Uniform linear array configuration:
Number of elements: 32
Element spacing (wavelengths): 0.75
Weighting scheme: blackman
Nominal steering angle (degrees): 0
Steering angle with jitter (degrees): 0.8963
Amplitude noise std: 0.05
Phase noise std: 0.05

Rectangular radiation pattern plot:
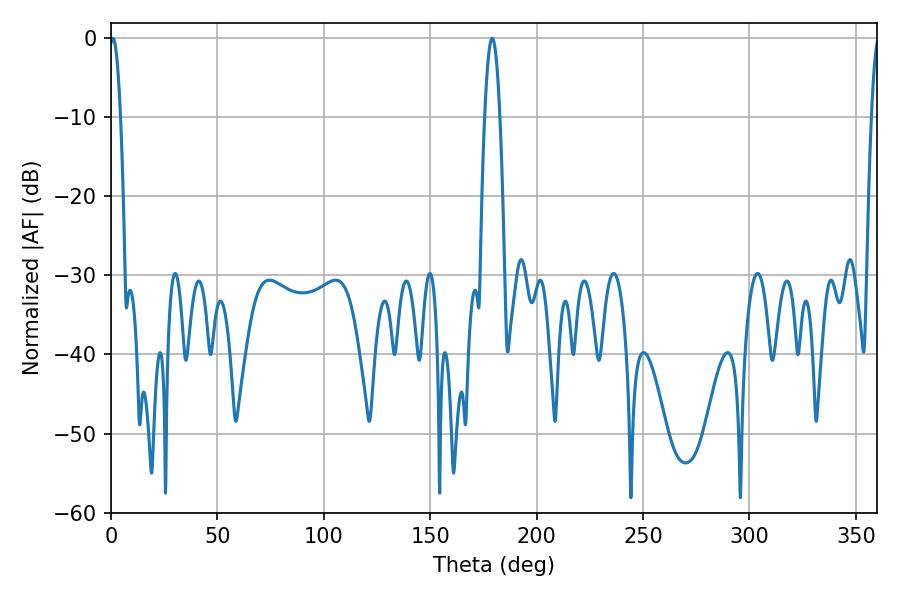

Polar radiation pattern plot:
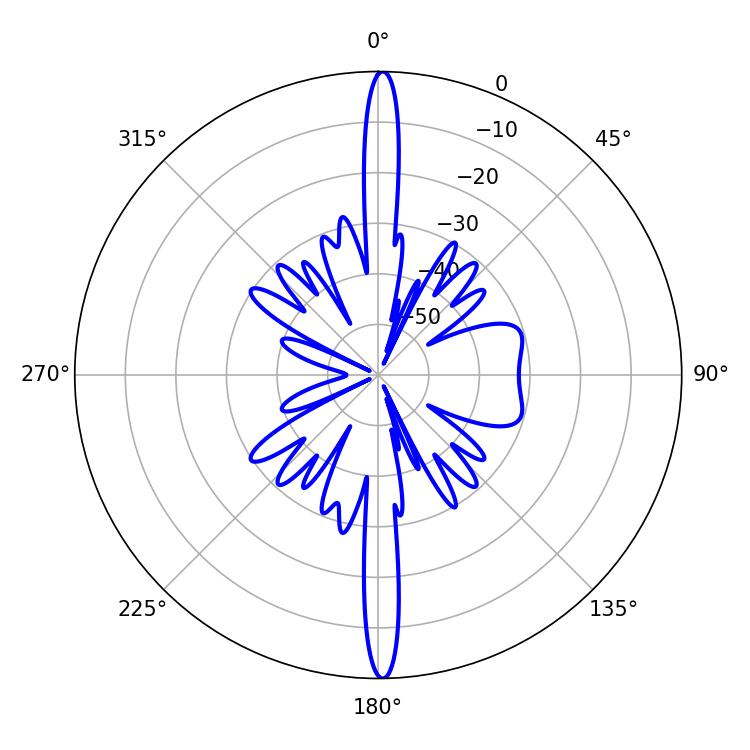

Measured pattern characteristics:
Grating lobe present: TRUE
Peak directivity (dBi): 28.875
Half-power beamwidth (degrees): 2.88
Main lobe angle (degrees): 0.9